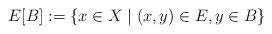
LaTeX: \begin{align*} E[B]:=\{x\in X\mid (x,y)\in E, y\in B\}\end{align*}